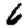
Digit: 6